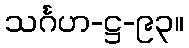
သင်္ဂဟ-ဋ္ဌ-၉၃။